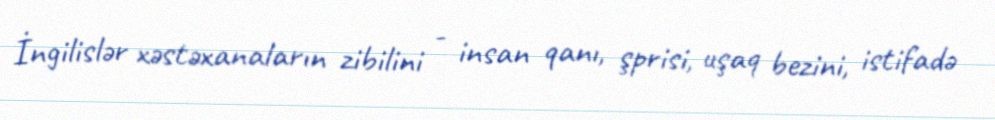
İngilislər xəstəxanaların zibilini - insan qanı, şprisi, uşaq bezini, istifadə